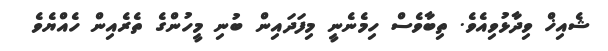
ޝެއިޚް ވިދާޅުވިއެވެ. ތިބާވެސް ހިމެނެނީ މިފަދައިން ބުނި މީހުންގެ ތެރެއިން ހެއްޔެވެ